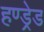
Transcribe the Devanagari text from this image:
हण्ड्रेड